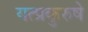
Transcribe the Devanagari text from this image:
यत्प्रकुरुषे